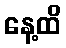
နေ့ထိ